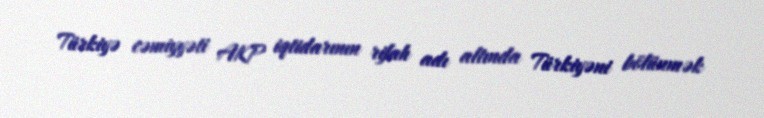
Türkiyə cəmiyyəti AKP iqtidarının rifah adı altında Türkiyəni bölünmək